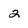
Character: 2